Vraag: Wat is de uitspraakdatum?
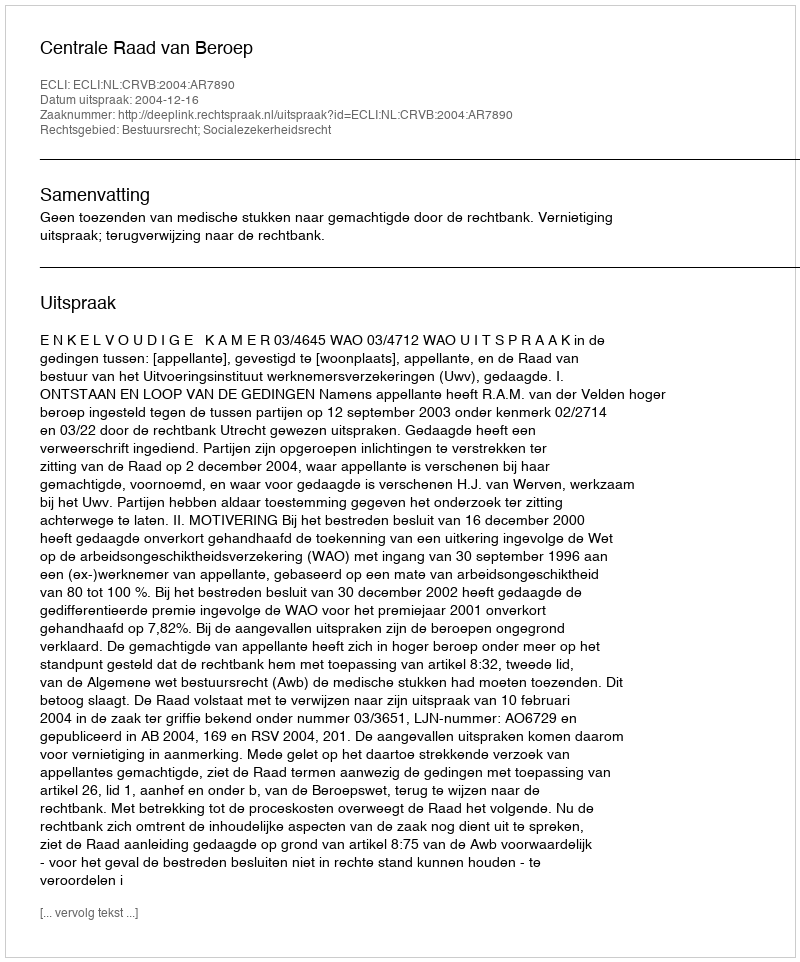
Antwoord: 2004-12-16